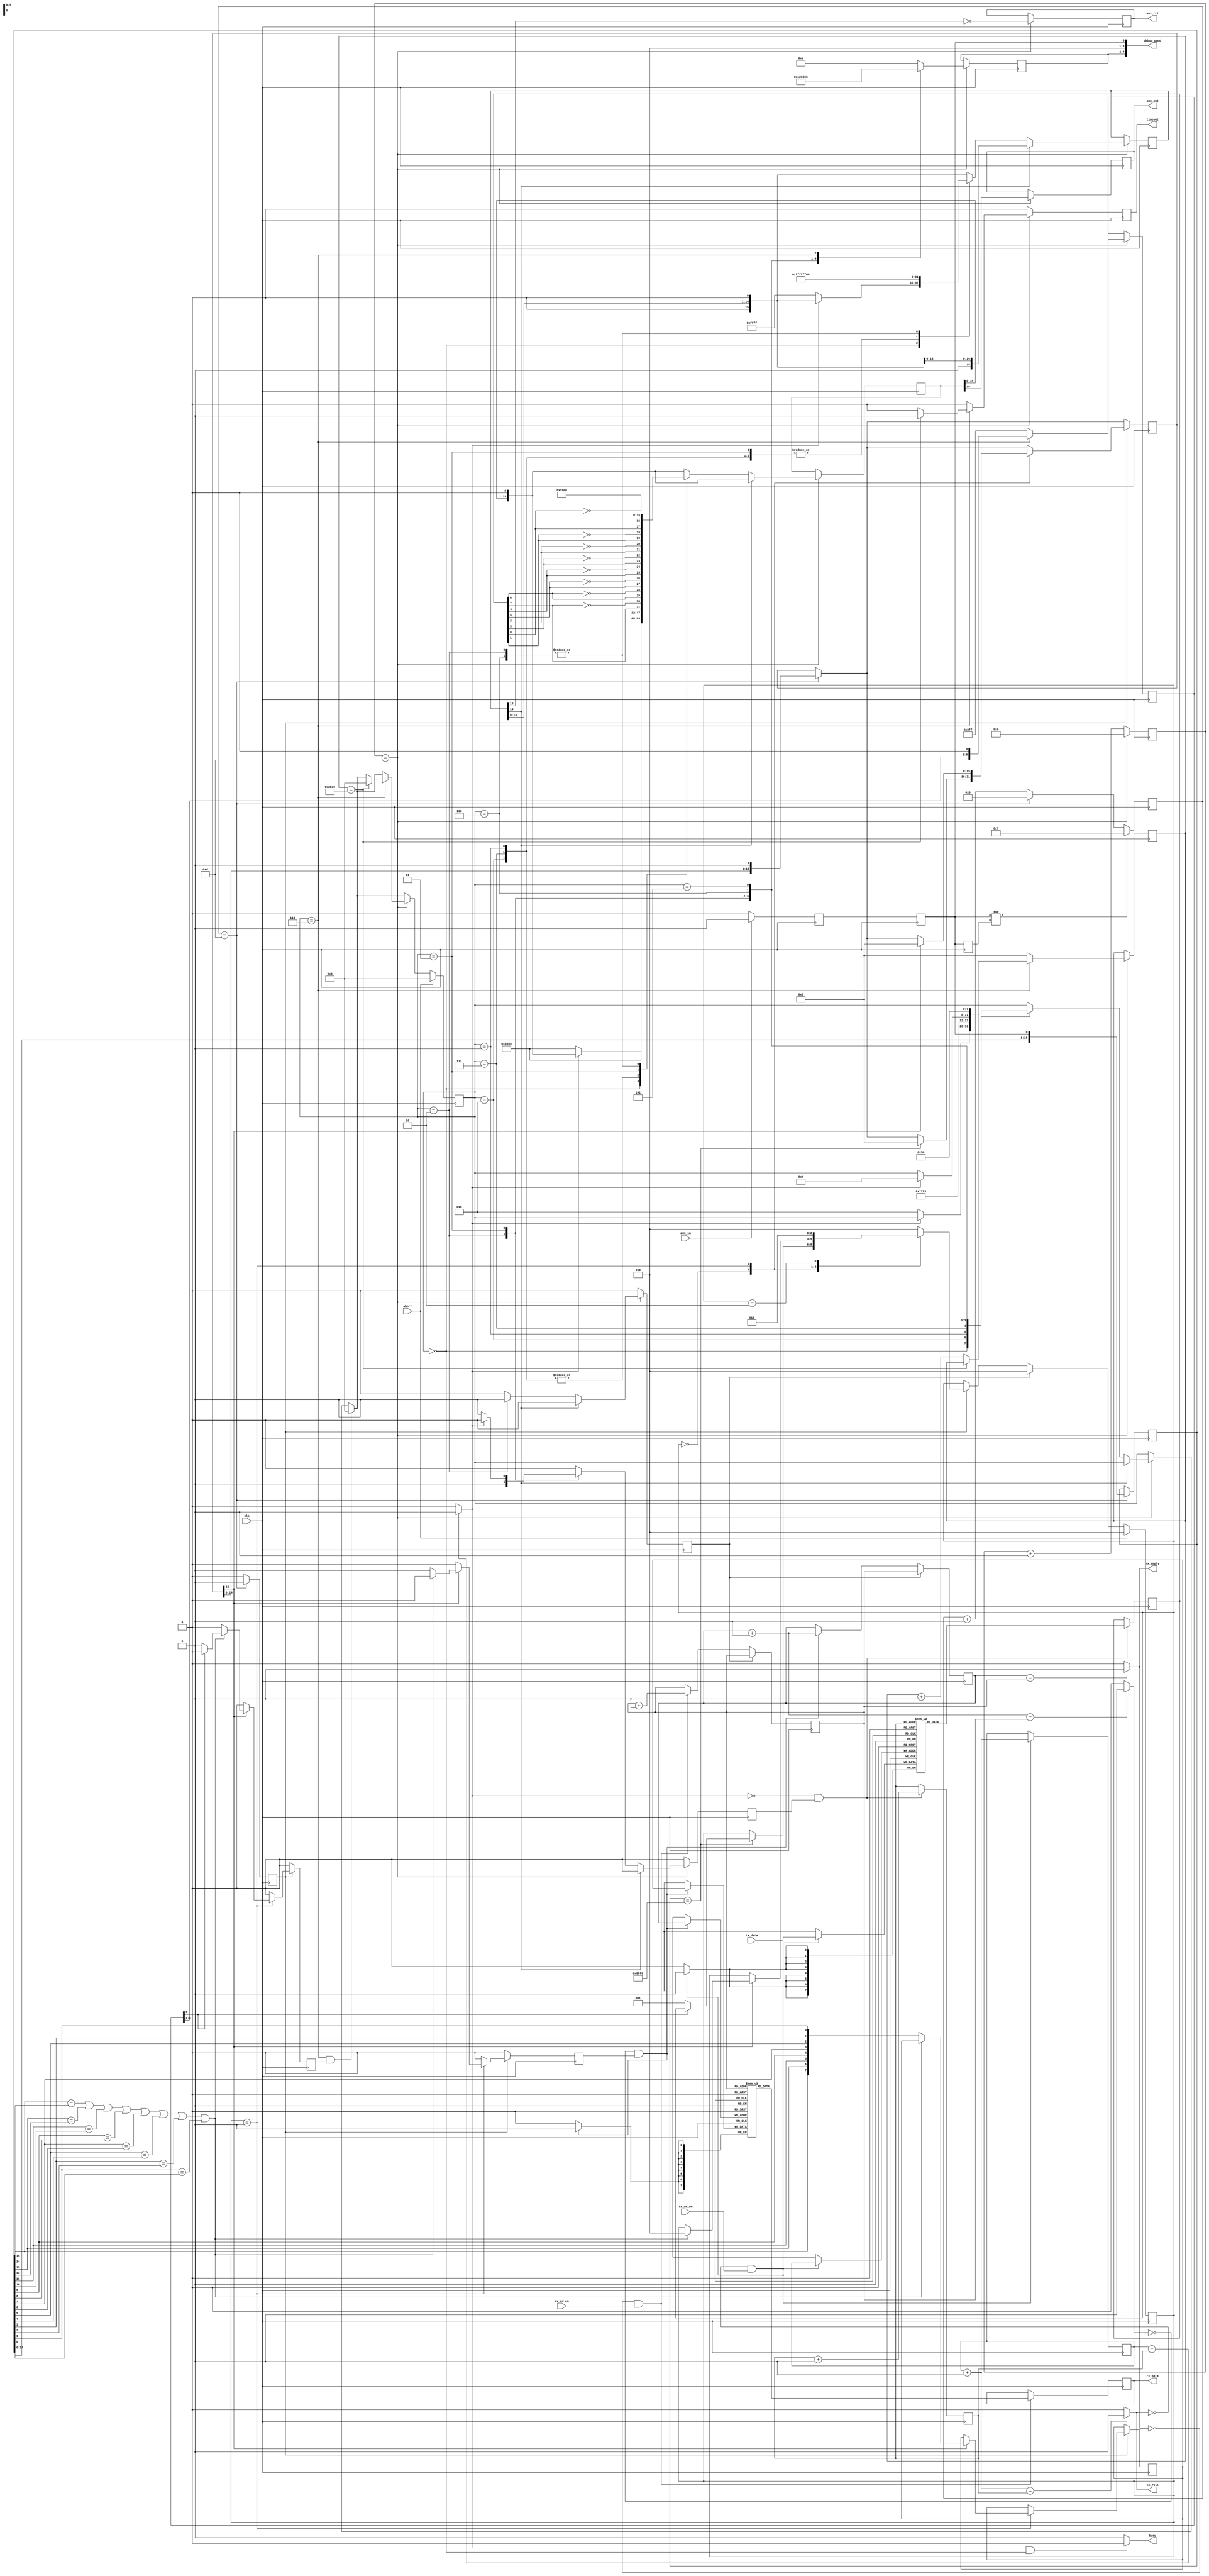
///////////////////////////////////////////////////////////////////////////////
// ./src/auxch/aux_interface.v : 
//
//
// Part of the DisplayPort_Verlog project - an open implementation of the 
// DisplayPort protocol for FPGA boards. 
//
// See https://github.com/hamsternz/DisplayPort_Verilog for latest versions.
//
///////////////////////////////////////////////////////////////////////////////
// Version |  Notes
// ----------------------------------------------------------------------------
//   1.0   | Initial Release
//
///////////////////////////////////////////////////////////////////////////////
//
// MIT License
// 
// Copyright (c) 2019 Mike Field
// 
// Permission is hereby granted, free of charge, to any person obtaining a copy
// of this software and associated documentation files (the "Software"), to deal
// in the Software without restriction, including without limitation the rights
// to use, copy, modify, merge, publish, distribute, sublicense, and/or sell
// copies of the Software, and to permit persons to whom the Software is
// furnished to do so, subject to the following conditions:
// 
// The above copyright notice and this permission notice shall be included in all
// copies or substantial portions of the Software.
// 
// THE SOFTWARE IS PROVIDED "AS IS", WITHOUT WARRANTY OF ANY KIND, EXPRESS OR
// IMPLIED, INCLUDING BUT NOT LIMITED TO THE WARRANTIES OF MERCHANTABILITY,
// FITNESS FOR A PARTICULAR PURPOSE AND NONINFRINGEMENT. IN NO EVENT SHALL THE
// AUTHORS OR COPYRIGHT HOLDERS BE LIABLE FOR ANY CLAIM, DAMAGES OR OTHER
// LIABILITY, WHETHER IN AN ACTION OF CONTRACT, TORT OR OTHERWISE, ARISING FROM,
// OUT OF OR IN CONNECTION WITH THE SOFTWARE OR THE USE OR OTHER DEALINGS IN THE
// SOFTWARE.
//
///////////////////////////////////////////////////////////////////////////////
//
// Want to say thanks?
//
// This design has taken many hours - 3 months of work for the initial VHDL
// design, and another month or so to convert it to Verilog for this release.
//
// I'm more than happy to share it if you can make use of it. It is released
// under the MIT license, so you are not under any onus to say thanks, but....
//
// If you what to say thanks for this design either drop me an email, or how about
// trying PayPal to my email (hamster@snap.net.nz)?
//
//  Educational use - Enough for a beer
//  Hobbyist use    - Enough for a pizza
//  Research use    - Enough to take the family out to dinner
//  Commercial use  - A weeks pay for an engineer (I wish!)
//
///////////////////////////////////////////////////////////////////////////////
`timescale 1ns / 1ps

module aux_interface(
       input wire        clk,
       output wire [7:0] debug_pmod,
       //----------------------------
       input wire        aux_in,
       output reg   aux_out,
       output reg   aux_tri,
       //----------------------------
       input wire        tx_wr_en,
       input wire  [7:0] tx_data,
       output wire       tx_full,
       //----------------------------                                  
       input wire        rx_rd_en,
       output reg [7:0] rx_data,
       output wire       rx_empty,
       //----------------------------
       output wire       busy,
       input wire        abort,
       output reg   timeout
     );

    parameter [26:0] CLKPERMICROSECOND = 27'd28;

    //----------------------------------------
    // A small fifo to send data from
    //----------------------------------------
    localparam [3:0] tx_idle      = 4'b0000; 
    localparam [3:0] tx_sync      = 4'b0001;
    localparam [3:0] tx_sync2     = 4'b0111;
    localparam [3:0] tx_start     = 4'b0010;
    localparam [3:0] tx_send_data = 4'b0011;
    localparam [3:0] tx_stop      = 4'b0100;
    localparam [3:0] tx_flush     = 4'b0101;
    localparam [3:0] tx_waiting   = 4'b0110;
    localparam [3:0] tx_precharge = 4'b1000;
    
    reg  [3:0] tx_state = tx_idle;
    reg  [7:0] tx_fifo [31:0];
    reg  [4:0] tx_rd_ptr;
    reg  [4:0] tx_wr_ptr;
    wire [4:0] tx_wr_ptr_plus_1;

    reg [15:0] timeout_count;

    wire tx_empty;
    wire tx_full_i;
    reg  [7:0] tx_rd_data;
    reg  tx_rd_en;
    
    reg  snoop;
    
    reg        [7:0] bit_counter;
    localparam [7:0] bit_counter_max = CLKPERMICROSECOND / 2 -1;

    reg [15:0] data_sr;
    reg [15:0] busy_sr;
    
    localparam [2:0] rx_waiting        = 3'b000;
    localparam [2:0] rx_receiving_data = 3'b001;
    localparam [2:0] rx_done           = 3'b010;
    reg  [2:0] rx_state;
    reg  [7:0] rx_fifo [31:0];
    reg  [4:0] rx_wr_ptr;
    wire [4:0] rx_wr_ptr_plus_1;
    reg  [4:0] rx_rd_ptr;
    reg  rx_reset;
    wire rx_empty_i;
    wire rx_full;
    reg [7:0] rx_wr_data;
    reg rx_wr_en;

    reg [5:0]  rx_count;
    reg [15:0] rx_buffer;
    reg [15:0] rx_bits;
    reg        rx_a_bit;
    reg        rx_last;
    reg        rx_synced;
    reg        rx_meta;   // TODO: Need to set ASYNCREG attribute
    reg        rx_finished;
    reg [9:0]  rx_holdoff;
    reg [3:0]   debug_pmod_high;

initial begin
    aux_out   = 1'b0;
    aux_tri   = 1'b1;
    rx_data   = 8'b0;
    timeout   = 1'b0;
 
    tx_state = tx_idle;
    tx_rd_ptr        = 4'b0000;
    tx_wr_ptr        = 4'b0000;
    timeout_count    = 16'b0;
    tx_rd_data       = 8'b0;
    tx_rd_en         = 1'b0;

    snoop            = 1'b0;

    bit_counter  = 8'b0;

    data_sr    = 16'b0;
    busy_sr    = 16'b0;

    rx_state        = rx_waiting;
    rx_wr_ptr       = 5'b0;
    rx_rd_ptr       = 5'b0;
    rx_reset        = 1'b0;
    rx_wr_data      = 8'b0;
    rx_wr_en        = 1'b0;

    rx_wr_data      = 8'b0;
    rx_wr_en        = 1'b0;
    rx_count        = 6'b0;
    rx_buffer       = 16'b0;
    rx_bits         = 16'b0;

    rx_a_bit        = 1'b0;
    rx_last         = 1'b0;
    rx_synced       = 1'b0;
    rx_meta         = 1'b0;
    rx_finished     = 1'b0;
    rx_holdoff      = 10'b0;
    debug_pmod_high = 4'b0000;
end
    assign debug_pmod = {debug_pmod_high, 3'b000, snoop};
    
    //--------------------------------------------
    // Async logic for the FIFO state and pointers
    //--------------------------------------------
    assign rx_wr_ptr_plus_1 = rx_wr_ptr + 5'b00001;
    assign tx_wr_ptr_plus_1 = tx_wr_ptr + 5'b00001;
    assign rx_empty_i   = ((rx_wr_ptr        == rx_rd_ptr) ? 1'b1 : 1'b0);
    assign rx_full      = ((rx_wr_ptr_plus_1 == rx_rd_ptr) ? 1'b1 : 1'b0);
    assign tx_empty     = ((tx_wr_ptr        == tx_rd_ptr) ? 1'b1 : 1'b0);
    assign tx_full_i    = ((tx_wr_ptr_plus_1 == tx_rd_ptr) ? 1'b1 : 1'b0);
    assign rx_empty     = rx_empty_i;
    assign tx_full      = tx_full_i;
    assign busy         = ((tx_empty == 1'b1 && tx_state == tx_idle) ? 1'b0 : 1'b1);
  
always @(posedge clk) begin
    //--------------------------------
    // Defaults, overwritten as needed
    //--------------------------------
    tx_rd_en <= 1'b0;
    rx_reset <= 1'b0;
    timeout  <= 1'b0;

    //---------------------------------
    // Is it time to send the next bit?
    //---------------------------------
    if(bit_counter == bit_counter_max) begin
     
        bit_counter <= 8'h00;            
        aux_out     <= data_sr[15];
        aux_tri     <= ~busy_sr[15];
        data_sr     <= { data_sr[14:0], 1'b0 };
        busy_sr     <= { busy_sr[14:0], 1'b0 };
        //-------------------------------------------------
        // Logic to signal the RX module ignore the data we
        // are actually sending for 10 cycles. This is safe 
        // as the sync pattern is quite long.
        //-----------------------------------------
        if(tx_state == tx_waiting) begin 
            rx_holdoff <= {rx_holdoff[8:0], 1'b0};
        end else begin
            rx_holdoff <= 10'h3FF;
        end

        //------------------------------------------------
        // Debug signals that are presented to the outside
        //------------------------------------------------
        case(tx_state)
            tx_idle:      debug_pmod_high <= 4'h0;  
            tx_sync:      debug_pmod_high <= 4'h1;
            tx_start:     debug_pmod_high <= 4'h2;
            tx_send_data: debug_pmod_high <= 4'h3;
            tx_stop:      debug_pmod_high <= 4'h4;
            tx_flush:     debug_pmod_high <= 4'h5;
            tx_waiting:   debug_pmod_high <= 4'h6;
            default:      debug_pmod_high <= 4'hA;
        endcase

        //-----------------------------------
        // What to do with with the FSM  state
        // NOTE THAT HAPPENS WHEN BIT 14 OF BUSY_SR 
        // IS ZERO, as BIT 15 WILL JUST BE MOVED INTO
        // THE OUTPUT REGISTERS.
        //-----------------------------------
        if(busy_sr[14] == 1'b0) begin
            case(tx_state)
                tx_idle: begin
                             if(tx_empty == 1'b0) begin
                                 data_sr  <= 16'b0101010101010101;
                                 busy_sr  <= 16'b1111111111111111;
                                 tx_state <= tx_precharge;
                             end
                         end
                tx_precharge: begin
                             data_sr <= 16'b0101010101010101;
                             busy_sr <= 16'b1111111111111111;
                             tx_state <= tx_sync;
                         end
                tx_sync: begin
                             data_sr <= 16'b0101010101010101;
                             busy_sr <= 16'b1111111111111111;
                             tx_state <= tx_sync2;
                         end
                tx_sync2: begin
                             data_sr <= 16'b0101010101010101;
                             busy_sr <= 16'b1111111111111111;
                             tx_state <= tx_start;
                         end
                tx_start: begin
                             //---------------------------------------------------
                              // Just send the start pattern.
                              //
                              // The TX fifo must have something in it to get here.
                              //---------------------------------------------------
                              data_sr <= 16'b1111000000000000;
                              busy_sr <= 16'b1111111100000000;
                              tx_state <= tx_send_data;
                              rx_reset <= 1'b1;
                              tx_rd_en <= 1'b1;
                          end 
                tx_send_data: begin
                                  data_sr <= {tx_rd_data[7], ~tx_rd_data[7], tx_rd_data[6], ~tx_rd_data[6],
                                              tx_rd_data[5], ~tx_rd_data[5], tx_rd_data[4], ~tx_rd_data[4],
                                              tx_rd_data[3], ~tx_rd_data[3], tx_rd_data[2], ~tx_rd_data[2],
                                              tx_rd_data[1], ~tx_rd_data[1], tx_rd_data[0], ~tx_rd_data[0]};
                                  busy_sr <= 16'b1111111111111111;
                                  if(tx_empty == 1'b1) begin
                                     // Send this word, and follow it up with a STOP
                                     tx_state <= tx_stop;
                                  end else begin
                                     // Send this word, and also read the next one from the FIFO
                                     tx_rd_en <= 1'b1;                                  
                                  end
                              end
                tx_stop: begin
                            //----------------------
                            // Send the STOP pattern
                            //----------------------
                            data_sr    <= 16'b1111000000000000;
                            busy_sr    <= 16'b1111111100000000;
                            tx_state   <= tx_flush;
                          end
                tx_flush: begin
                             //-------------------------------------------
                             // Just wait here until we are no longer busy
                             //-------------------------------------------
                             tx_state <= tx_waiting;
                          end 
            endcase
        end
    end else  begin
        //----------------------------------
        // Not time yet to send the next bit
        //----------------------------------
        bit_counter <= bit_counter + 1;
    end
     
    //---------------------------------------------
    // How the RX process indicates that we are now 
    // free to send another transaction
    //---------------------------------------------
    if(tx_state == tx_waiting && rx_finished == 1'b1) begin
        tx_state <= tx_idle;
    end

    //-------------------------------------------
    // Managing the TX FIFO 
    // As soon as a word appears in the FIFO it 
    // is sent. As it takes 8us to send a byte, the 
    // FIFO can be filled quicker than data is sent,
    // ensuring we don't have underrun the TX FIFO 
    // and send a short message.
    //-------------------------------------------
    if(tx_full_i == 1'b0 && tx_wr_en == 1'b1) begin
        tx_fifo[tx_wr_ptr] <= tx_data;
        tx_wr_ptr <= tx_wr_ptr+1;
    end

    if(tx_empty == 1'b0 && tx_rd_en == 1'b1) begin
          tx_rd_data <= tx_fifo[tx_rd_ptr];
          tx_rd_ptr  <= tx_rd_ptr + 1;
    end
    //------------------------------------------------  
    // Managing the RX FIFO 
    //
    // The contents of the FIFO is reset during the TX
    // of a new transaction. Pointer updates are
    // seperated from the data read / writes to allow
    // the reset to work.
    //------------------------------------------------
    if(rx_full == 1'b0 && rx_wr_en == 1'b1) begin
        rx_fifo[rx_wr_ptr] <= rx_wr_data;
    end

    if(rx_empty_i == 1'b0 && rx_rd_en == 1'b1) begin
        rx_data   <= rx_fifo[rx_rd_ptr];
    end

    if(rx_reset == 1'b1) begin
        rx_wr_ptr <= rx_rd_ptr;
    end else  begin
        if(rx_full == 1'b0 && rx_wr_en == 1'b1) begin
          rx_wr_ptr <= rx_wr_ptr+1;
        end

        if(rx_empty_i == 1'b0 && rx_rd_en == 1'b1) begin
           rx_rd_ptr <= rx_rd_ptr + 1;
        end
    end
    
    //----------------------------------------
    // Manage the timeout. If it is 
    // waiting for a reply for over 400us) begin
    // signal a timeout to the upper FSM.
    //----------------------------------------
    if(bit_counter == bit_counter_max) begin 
        if(tx_state == tx_waiting) begin 
            if(timeout_count == 400*CLKPERMICROSECOND) begin
                tx_state      <= tx_idle;
                timeout       <= 1'b1;
            end else  begin
                timeout_count <= timeout_count + 1;
            end
        end else  begin
            timeout_count <= 0;
        end
    end
    if(abort == 1'b1) begin
        tx_state <= tx_idle;
    end
end

always @(posedge clk) begin
    rx_wr_en    <= 1'b0;
    rx_finished <= 1'b0;
    
    //--------------------------------
    // Is it time to sample a new half-bit?
    //--------------------------------
    if(rx_count == CLKPERMICROSECOND/2 -1) begin  
        rx_a_bit <= 1'b1;
        rx_buffer <= { rx_buffer[14:0], rx_synced};
        rx_bits   <= { rx_bits[14:0],   1'b1};
        rx_count <= 5'b00000;
    end else  begin
        rx_count <= rx_count+1;
        rx_a_bit <= 1'b0;
    end
    
    //--------------------------------------
    // Have we just sampled a new half-bit?
    //--------------------------------------
    if(rx_a_bit == 1'b1) begin 
        case(rx_state)
            rx_waiting: begin
                            //---------------------------------------------------
                            // Are we seeing the end of the SYNC/START sequence?
                            //---------------------------------------------------
                            if(rx_buffer == 16'b0101010111110000) begin
                                rx_bits <= 16'h0000;
                                if(rx_holdoff[9] == 1'b0) begin
                                     //------------------------------------
                                     // Yes, switch to receiving bits, but,
                                     // but only if(the TX modules hasn't
                                     // transmitted for a short while....
                                     //------------------------------------
                                    rx_state <= rx_receiving_data;
                                end
                            end
                        end
            rx_receiving_data: begin
                                    //-------------------------------------------------------
                                    // Have we just received the 16th half-bit of the a byte?
                                    //-------------------------------------------------------
                                    if(rx_bits[15] == 1'b1) begin
                                        rx_bits <= 16'h0000;
                                        //----------------------------------------------
                                        // Are we missing transistions that are required
                                        // for valid data bytes?
                                        //
                                        // Or in other words, is this an error or (more 
                                        // usually) the STOP pattern?
                                        //-----------------------------------------------
                                        if(rx_buffer[15] == rx_buffer[14] || rx_buffer[13] == rx_buffer[12] ||
                                           rx_buffer[11] == rx_buffer[10] || rx_buffer[9]  == rx_buffer[8]  ||
                                           rx_buffer[7]  == rx_buffer[6]  || rx_buffer[5]  == rx_buffer[4]  ||
                                           rx_buffer[3]  == rx_buffer[2]  || rx_buffer[1]  == rx_buffer[0] ) begin
                                           //--------------------------------------------------------
                                           // Yes, We finished receiving data, or truncate any errors
                                           //--------------------------------------------------------
                                            rx_state <= rx_waiting;
                                            if(rx_holdoff[9] == 1'b0) begin
                                                rx_finished <= 1'b1;
                                            end
                                        end else begin
                                            //-------------------------------------------------
                                            // Looks like a valid byte, so write it to the FIFO
                                            //--------------------------------------------------
                                            rx_wr_data <= { rx_buffer[15], rx_buffer[13], rx_buffer[11], rx_buffer[9],
                                                            rx_buffer[7],  rx_buffer[5],  rx_buffer[3],  rx_buffer[1]};
                                            rx_wr_en <= 1'b1;
                                        end
                                    end
                               end
            rx_done:  begin 
                           //  waiting to be reset (so I ignore noise!)
                          rx_state <= rx_done;
                      end 
            default:  begin
                          rx_state <= rx_waiting;
                      end
            endcase
    end
    //-----------------------------------------------
    // Detect the change on the AUX line, and 
    // make sure we sample the data mid-way through
    // the half-bit (e.g 0.25us, 0.75us, 1.25 us...)
    // from when the last transition was seen.
    //----------------------------------------------
    if(rx_synced != rx_last) begin
        rx_count <= CLKPERMICROSECOND / 4;
    end
    
    //-----------------------------------------------
    // The transmitted resets the RX FSM when it is
    // sending a request. This is a counter measure
    // against line noise when neigher end is driving
    // the link.
    //-----------------------------------------------
    if(rx_reset == 1'b1) begin
        rx_state <= rx_waiting;
    end
    
    rx_last   <= rx_synced;
    //--------------------------
    // Synchronise the RX signal
    //--------------------------
    rx_synced <= rx_meta;
    snoop     <= rx_meta;
    //------------------------------------------------------
    // This is done to convert Zs or Xs in simulations to 0s
    //------------------------------------------------------
    if(aux_in == 1'b1) begin
        rx_meta <= 1'b1;
    end else  begin
        rx_meta <= 1'b0;
    end
    
    if(abort == 1'b1) begin
        rx_state <= rx_waiting;
    end

end

endmodule